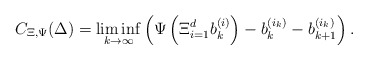
\begin{align*}C_{\Xi,\Psi}(\Delta) = \liminf_{k\to\infty} \left(\Psi\left( \Xi_{i = 1}^d b_k^{(i)}\right) - b_k^{(i_k)} - b_{k + 1}^{(i_k)}\right).\end{align*}